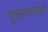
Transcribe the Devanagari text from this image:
पुनरुत्थानकर्ता